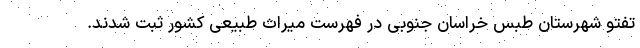
تفتو شهرستان طبس خراسان جنوبی در فهرست میراث طبیعی کشور ثبت شدند.